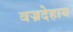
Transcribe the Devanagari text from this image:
वज्रदेहाय